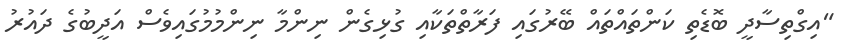
"އިގްތިސާދީ ބޮޑެތި ކަންތައްތައް ބޭރުގައި ފަރާތްތަކާއި ގުޅިގެން ނިންމާ ނިންމުމުގައިވެސް އަދީބުގެ ދައުރު